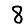
Digit: 8